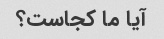
آیا ما کجاست؟